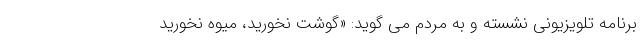
برنامه تلویزیونی نشسته و به مردم می گوید: «گوشت نخورید، میوه نخورید